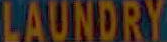
LAUNDRY